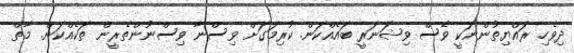
ދިވެހި ރައްޔިތުންނަކީ ވެސް ވިޝަނަރީ ބައެއްކަން. ކުރިމަގަށް ވިސްނާ ވިސްނުންތެރީން ތަކެއްކަން. މާތް